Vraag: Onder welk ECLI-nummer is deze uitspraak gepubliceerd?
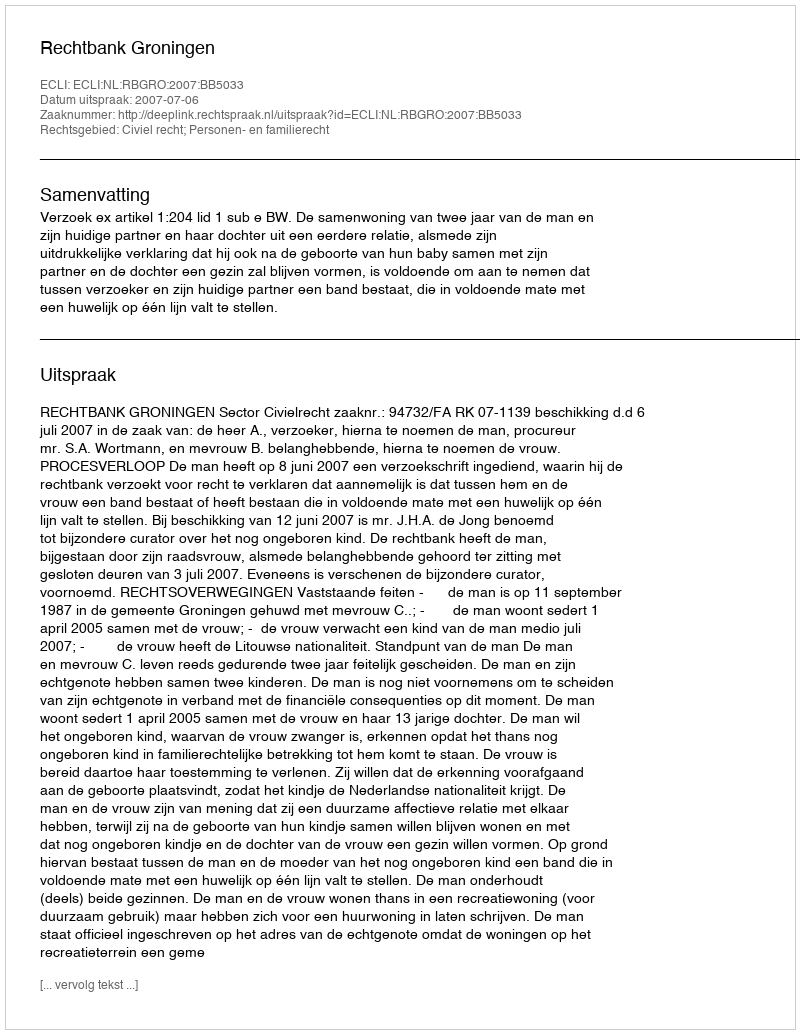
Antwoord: ECLI:NL:RBGRO:2007:BB5033